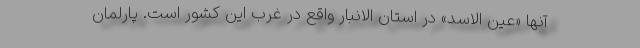
آنها «عین الاسد» در استان الانبار واقع در غرب این کشور است. پارلمان